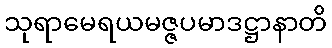
သုရာမေရယမဇ္ဇပမာဒဋ္ဌာနာတိ